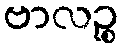
ဗာလဉ္စ